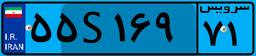
۷۲S۱۲۸۹۷